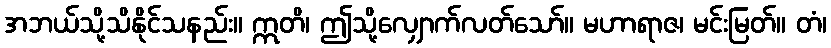
အဘယ်သို့သိနိုင်သနည်း။ ဣတိ၊ ဤသို့လျှောက်လတ်သော်။ မဟာရာဇ၊ မင်းမြတ်။ တံ၊